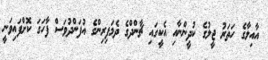
އާއިލާގެ ހަތަރު ޖީލުގެ ކުދީންނާއި އެކީގައި ޗާންދްގެ ދެމަފިރިންގެ އުފަންދުވަސް ފާހަގަ ކޮށްފައިވަނީ